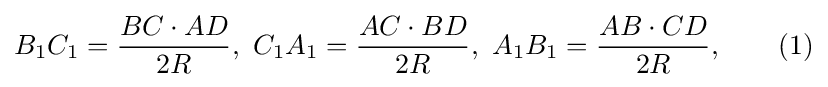
B_{1}C_{1}={\frac {BC\cdot AD}{2R}},\ C_{1}A_{1}={\frac {AC\cdot BD}{2R}},\ A_{1}B_{1}={\frac {AB\cdot CD}{2R}},\qquad (1)